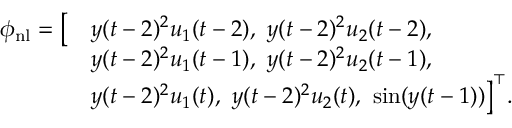
\begin{array} { r l } { \phi _ { \mathrm { n l } } = \big [ } & { y ( t - 2 ) ^ { 2 } u _ { 1 } ( t - 2 ) , \ y ( t - 2 ) ^ { 2 } u _ { 2 } ( t - 2 ) , } \\ & { y ( t - 2 ) ^ { 2 } u _ { 1 } ( t - 1 ) , \ y ( t - 2 ) ^ { 2 } u _ { 2 } ( t - 1 ) , } \\ & { y ( t - 2 ) ^ { 2 } u _ { 1 } ( t ) , \ y ( t - 2 ) ^ { 2 } u _ { 2 } ( t ) , \ \mathrm { s i n } ( y ( t - 1 ) ) \big ] ^ { \top } . } \end{array}